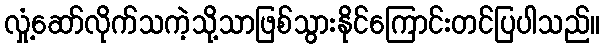
လှုံ့ဆော်လိုက်သကဲ့သို့သာဖြစ်သွားနိုင်ကြောင်းတင်ပြပါသည်။